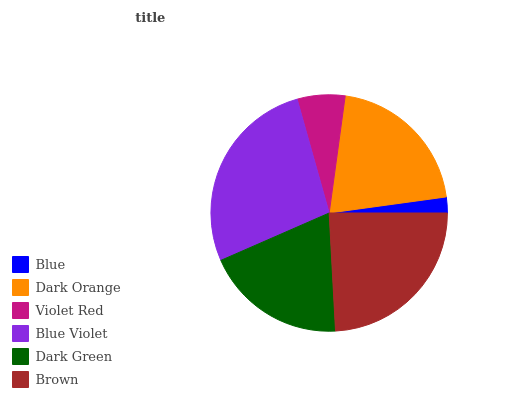
| Blue | Dark Orange | Violet Red | Blue Violet | Dark Green | Brown |
 | --- | --- | --- | --- | --- | --- |
 | 2.16% | 20.7% | 6.52% | 27.2% | 19.2% | 24.2% |